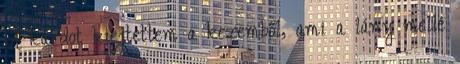
A kardot kiejtettem a kezemből, ami a lány mellé